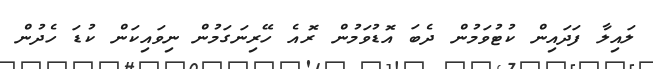
ލައިލާ ފަދައިން ކުޓުވަމުން ދެބަ އޮޑުވަމުން ރޮއެ ހޭރިނަގަމުން ނިވައިކަން ކުޑަ ހެދުން